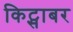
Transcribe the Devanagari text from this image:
किट्साबर